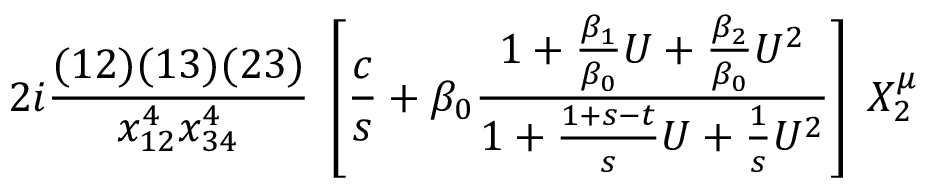
2 i { \frac { ( 1 2 ) ( 1 3 ) ( 2 3 ) } { x _ { 1 2 } ^ { 4 } x _ { 3 4 } ^ { 4 } } } \; \left[ { \frac { c } { s } } + \beta _ { 0 } { \frac { 1 + { \frac { \beta _ { 1 } } { \beta _ { 0 } } } U + { \frac { \beta _ { 2 } } { \beta _ { 0 } } } U ^ { 2 } } { 1 + { \frac { 1 + s - t } { s } } U + { \frac { 1 } { s } } U ^ { 2 } } } \right] \; X _ { 2 } ^ { \mu }